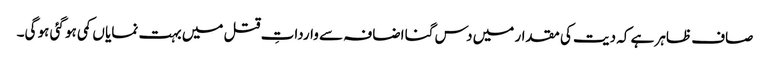
صاف ظاہر ہے کہ دیت کی مقدار میں دس گنا اضافہ سے وارداتِ قتل میں بہت نمایا ں کمی ہو گئی ہو گی۔